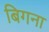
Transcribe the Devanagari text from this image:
बिगना